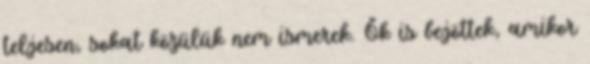
teljesen, sokat közülük nem ismerek. Ők is bejöttek, amikor